Document type: Dowry acquittance
Year: 1427
Scribe: Pere Tarafa
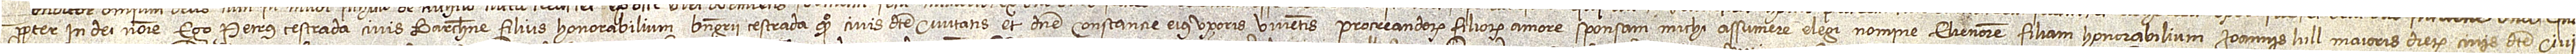
propter, in Dei nomine. Ego Petrus Cestrada, civis Barchinone, filius honorabilium Berengarii Cestrada, quondam, civis dicte civitatis, et domine Constancie, eius uxoris, viventis, procreandorum filiorum amore sponsam michi assumere elegi nomine Elienorem, filiam honorabilium Ioannis Lull, maioris dierum, civis dicte civi-